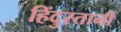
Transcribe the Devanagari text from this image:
हिंदुस्‍तानी